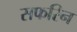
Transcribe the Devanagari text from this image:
सफरिन